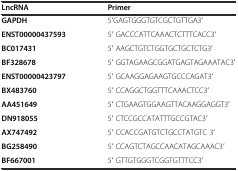
<table><thead><tr><td><b>LncRNA</b></td><td><b>Primer</b></td></tr></thead><tbody><tr><td><b>GAPDH</b></td><td>5′GAGTGGGTGTCGCTGTTGA3′</td></tr><tr><td><b>ENST00000437593</b></td><td>5′ GACCCATTCAAACTCTTTCACC3′</td></tr><tr><td><b>BC017431</b></td><td>5′ AAGCTGTCTGGTGCTGCTCTG3′</td></tr><tr><td><b>BF328678</b></td><td>5′ GGTAGAAGCGGATGAGTAGAAATAC3′</td></tr><tr><td><b>ENST00000423797</b></td><td>5′ GCAAGGAGAAGTGCCCAGAT3′</td></tr><tr><td><b>BX483760</b></td><td>5′ CCAGGCTGGTTTCAAACTCC3′</td></tr><tr><td><b>AA451649</b></td><td>5′ CTGAAGTGGAAGTTACAAGGAGGT3′</td></tr><tr><td><b>DN918055</b></td><td>5′ CTCCGCCATATTTGCCGTAC3′</td></tr><tr><td><b>AX747492</b></td><td>5′ CCACCGATGTCTGCCTATGTC 3′</td></tr><tr><td><b>BG258490</b></td><td>5′ CCAGTCTAGCCAACATAGCAAAC3′</td></tr><tr><td><b>BF667001</b></td><td>5′ GTTGTGGGTCGGTGTTTCC3′</td></tr></tbody></table>